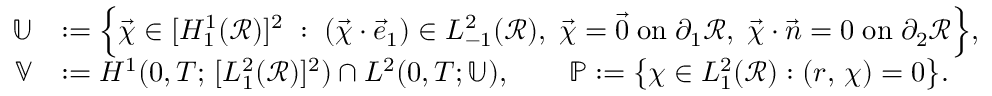
\begin{array} { r l } { \mathbb { U } } & { : = \Bigl \{ \vec { \chi } \in [ H _ { 1 } ^ { 1 } ( \mathscr { R } ) ] ^ { 2 } \; : \; ( \vec { \chi } \cdot \vec { e } _ { 1 } ) \in L _ { - 1 } ^ { 2 } ( \mathscr { R } ) , \; \vec { \chi } = \vec { 0 } \; \mathrm { o n } \; \partial _ { 1 } \mathscr { R } , \; \vec { \chi } \cdot \vec { n } = 0 \; \mathrm { o n } \; \partial _ { 2 } \mathscr { R } \Bigr \} , } \\ { \mathbb { V } } & { : = H ^ { 1 } ( 0 , T ; \, [ L _ { 1 } ^ { 2 } ( \mathscr { R } ) ] ^ { 2 } ) \cap L ^ { 2 } ( 0 , T ; \mathbb { U } ) , \qquad { \mathbb { P } } : = \bigl \{ \chi \in L _ { 1 } ^ { 2 } ( \mathscr { R } ) : ( r , \, \chi ) = 0 \bigr \} . } \end{array}